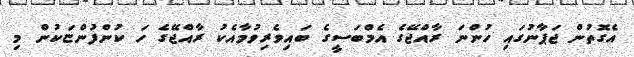
އެގޮތުން ޖަޕާނުގައި ހުންނަ ރާއްޖޭގެ އެމްބަސީގެ ބައިވެރިވުމާއެކު ރާއްޖޭގެ ހަ ކުންފުންޏަކުން މި